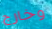
وخارج